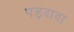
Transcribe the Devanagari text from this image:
पड़दादा